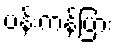
ပန်းကန်ပြား